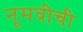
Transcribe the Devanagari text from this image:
नूमवीची